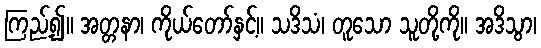
ကြည့်၍။ အတ္တနာ၊ ကိုယ်တော်နှင့်။ သဒိသံ၊ တူသော သူတို့ကို။ အဒိသွာ၊